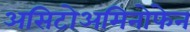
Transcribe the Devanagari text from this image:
असिटोअमिनोफेन